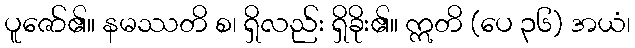
ပူဇော်၏။ နမဿတိ စ၊ ရှိလည်း ရှိခိုး၏။ ဣတိ (ပေ ၃၆) အယံ၊